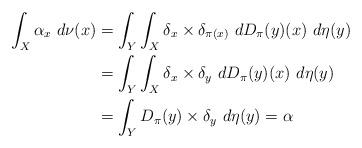
LaTeX: \begin{align*}\int_{X} \alpha_{x}~d\nu(x) &= \int_{Y} \int_{X} \delta_{x} \times \delta_{\pi(x)}~dD_{\pi}(y)(x)~d\eta(y) \\&= \int_{Y} \int_{X} \delta_{x} \times \delta_{y}~dD_{\pi}(y)(x)~d\eta(y)\\&= \int_{Y} D_{\pi}(y) \times \delta_{y}~d\eta(y) = \alpha\end{align*}